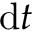
\mathrm { d } t